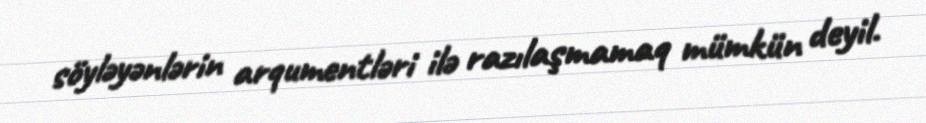
söyləyənlərin arqumentləri ilə razılaşmamaq mümkün deyil.